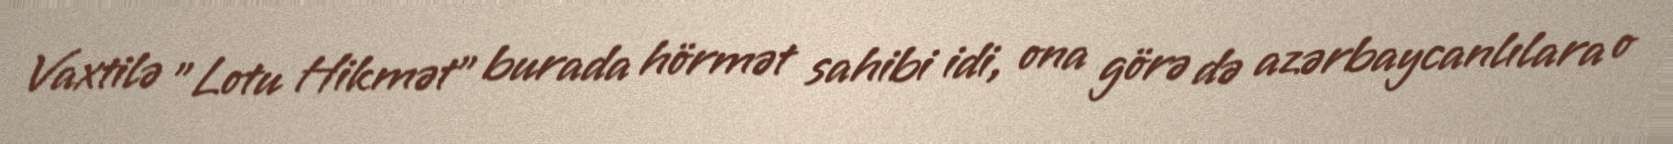
Vaxtilə ”Lotu Hikmət" burada hörmət sahibi idi, ona görə də azərbaycanlılara o